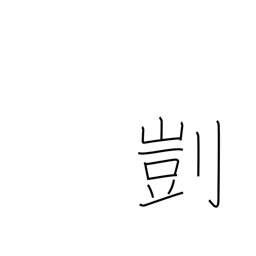
Meaning: suitability